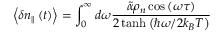
\left< \delta \boldsymbol { n } _ { \parallel } \left( t \right) \right> = \int _ { 0 } ^ { \infty } { d \omega \frac { \tilde { \alpha } \rho _ { n } \cos \left( \omega \tau \right) } { 2 \operatorname { t a n h } \left( \hbar \omega / 2 k _ { B } T \right) } }